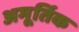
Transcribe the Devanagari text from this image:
अमूर्तिक